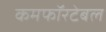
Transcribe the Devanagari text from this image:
कमफॉरटेबल